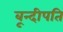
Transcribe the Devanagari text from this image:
बून्दीपति